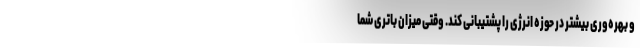
و بهره‌وری بیشتر در حوزه انرژی را پشتیبانی کند. وقتی میزان باتری شما